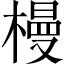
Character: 槾